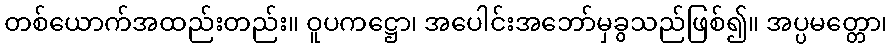
တစ်ယောက်အထည်းတည်း။ ဝူပကဋ္ဌော၊ အပေါင်းအဘော်မှခွသည်ဖြစ်၍။ အပ္ပမတ္တော၊